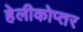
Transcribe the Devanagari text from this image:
हेलीकोप्तर